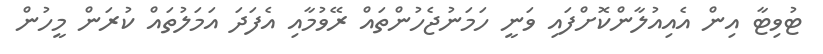
ޓުވިޓާ އިން އެއިއުލާންކޮށްފައި ވަނީ ހަމަނުޖެހުންތައް ރޭވުމާއި އެފަދަ އަމަލުތައް ކުރަން މީހުން